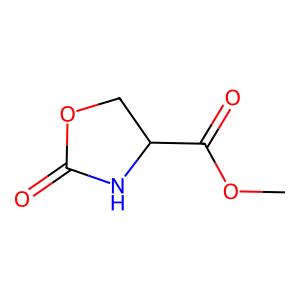
SMILES: COC(=O)C1COC(=O)N1
Inhibits HIV replication: No